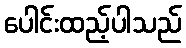
ပေါင်းထည့်ပါသည်